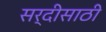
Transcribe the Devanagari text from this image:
सर्दीसाठी